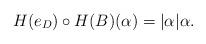
LaTeX: \begin{align*} H(e_D)\circ H(B)(\alpha) = |\alpha| \alpha.\end{align*}